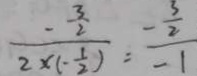
\frac { - \frac { 3 } { 2 } } { 2 \times ( - \frac { 1 } { 2 } ) } = \frac { - \frac { 3 } { 2 } } { - 1 }